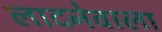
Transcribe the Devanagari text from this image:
लादनेवाला